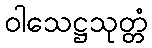
ဝါသေဋ္ဌသုတ္တံ